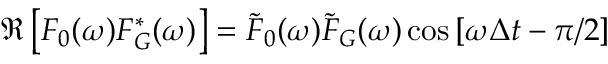
\Re \left[ F _ { 0 } ( \omega ) F _ { G } ^ { * } ( \omega ) \right] = \widetilde { F } _ { 0 } ( \omega ) \widetilde { F } _ { G } ( \omega ) \cos \left[ \omega \Delta t - \pi / 2 \right]